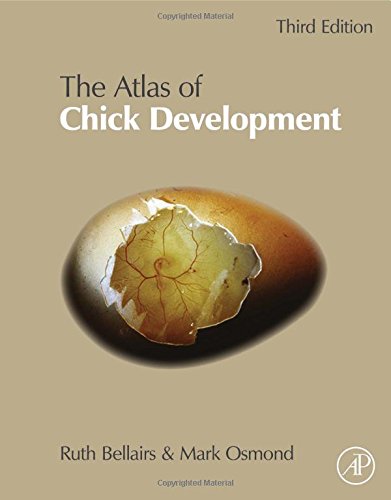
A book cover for Atlas of Chick Development, Third Edition; Ruth Bellairs; Medical Books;